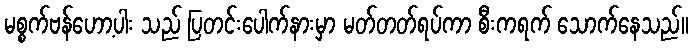
မစ္စက်ဗန်ဟော့ပါး သည် ပြတင်းပေါက်နားမှာ မတ်တတ်ရပ်ကာ စီးကရက် သောက်နေသည်။